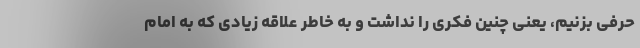
حرفی بزنیم، یعنی چنین فکری را نداشت و به خاطر علاقه زیادی که به امام